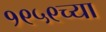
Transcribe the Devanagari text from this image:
१९५९च्या